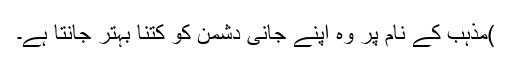
)مذہب کے نام پر وہ اپنے جانی دشمن کو کتنا بہتر جانتا ہے۔